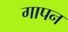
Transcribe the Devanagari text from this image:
गापन